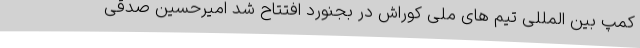
کمپ بین المللی تیم های ملی کوراش در بجنورد افتتاح شد امیرحسین صدقی